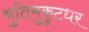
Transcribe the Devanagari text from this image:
श्रुतिमुकुटधर